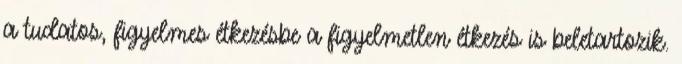
a tudatos, figyelmes étkezésbe a figyelmetlen étkezés is beletartozik.